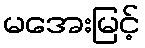
မအေးမြင့်